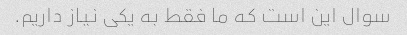
سوال این است که ما فقط به یکی نیاز داریم.